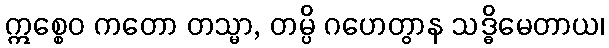
ဣစ္စေဝ ကတော တသ္မာ, တမ္ပိ ဂဟေတွာန သဒ္ဓိမေတာယ၊